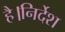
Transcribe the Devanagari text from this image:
है।निर्देश